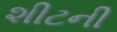
શીટની